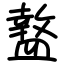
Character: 盩